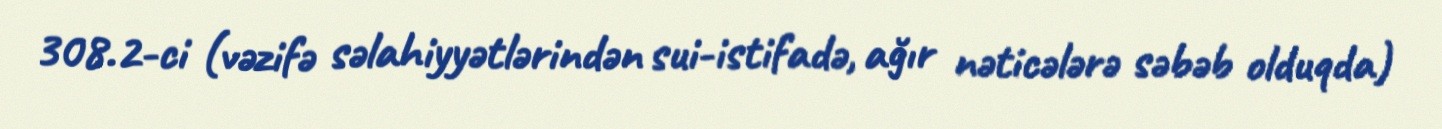
308.2-ci (vəzifə səlahiyyətlərindən sui-istifadə, ağır nəticələrə səbəb olduqda)